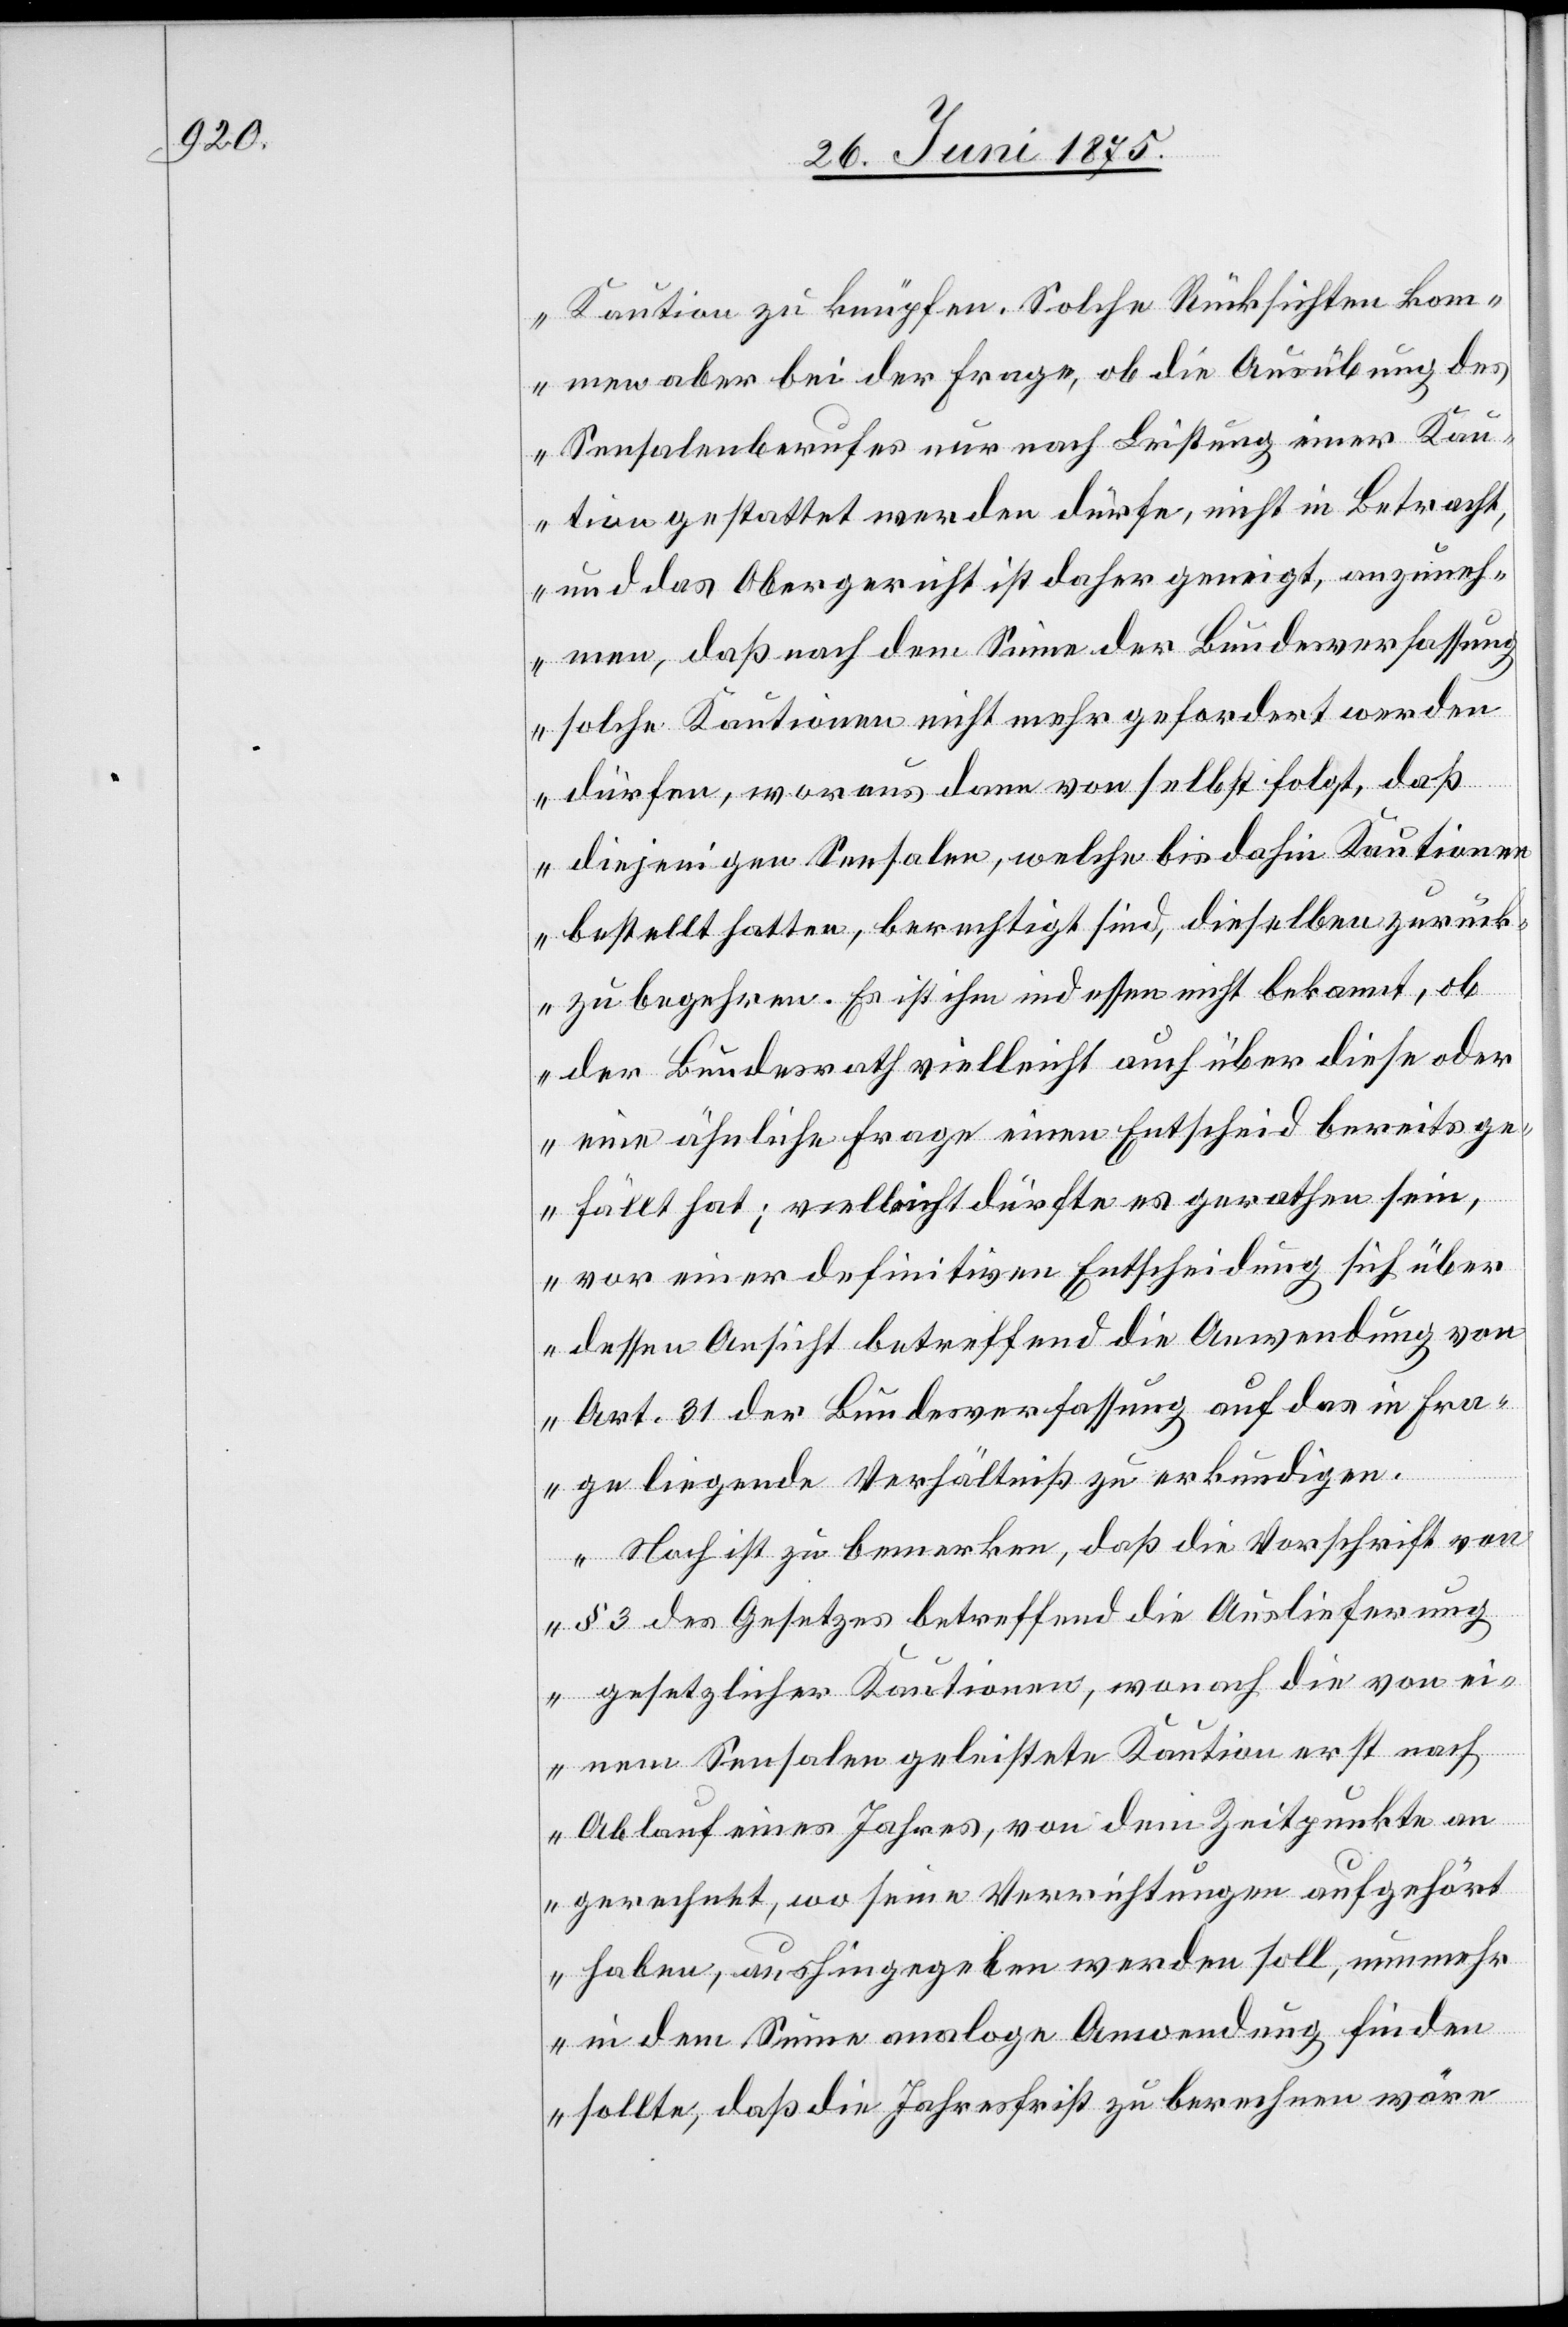
Kaution zu knüpfen. Solche Rücksichten kom¬
men aber bei der Frage, ob die Ausübung des
Sensalenberufes nur nach Leistung einer Kau¬
tion gestattet werden dürfen nicht in Betracht,
und das Obergericht ist daher geneigt, anzuneh¬
men, daß nach dem Sinne der Bundesverfassun¬
g solche Kautionen nicht mehr gefordert werden
dürfen, woraus denn von selbst folgt, daß
diejenigen Sensalen, welche bis dahin Kautionen
bestellt hatten, berechtigt sind, dieselben zurück
zu begehren. Es ist ihm indessen nicht bekannt, ob
der Bundesrath vielleicht auch über diese oder
eine ähnliche Frage einen Entscheid bereits ge¬
fällt hat; vielleicht dürfte es gerathen sein,
vor einer definitiven Entscheidung sich über
dessen Ansicht betreffend die Anwendung von
Art. 31 der Bundesverfassung auf das in Fra¬
ge liegende Verhältniß zu erkundigen.
Noch ist zu bemerken, daß die Vorschrift von
§ 3 des Gesetzes betreffend die Auslieferung
gesetzlicher Kautionen, wonach die von ei¬
nem Sensalen geleistete Kaution erst nach
Ablauf eines Jahres, von dem Zeitpunkte an
gerechnet, wo seine Verrichtungen aufgehört
haben, aushingegeben werden soll, nunmehr
in dem Sinne analoge Anwendung finden
sollte, daß die Jahresfrist zu berechnen wäre